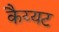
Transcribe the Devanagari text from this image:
कैय्यट